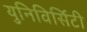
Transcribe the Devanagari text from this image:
युनिविर्सिटी